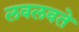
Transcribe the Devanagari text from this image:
लवलवते